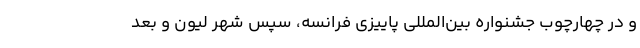
و در چهارچوب جشنواره بین‌المللی پاییزی فرانسه، سپس شهر لیون و بعد